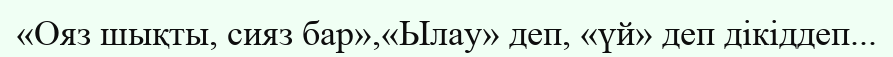
«Ояз шықты, сияз бар»,«Ылау» деп, «үй» деп дікіддеп...